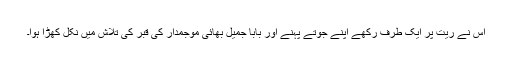
اُس نے ریت پر ایک طرف رکھے اپنے جوتے پہنے اور بابا جمیل بھائی موجمدار کی قبر کی تلاش میں نکل کھڑا ہوا۔